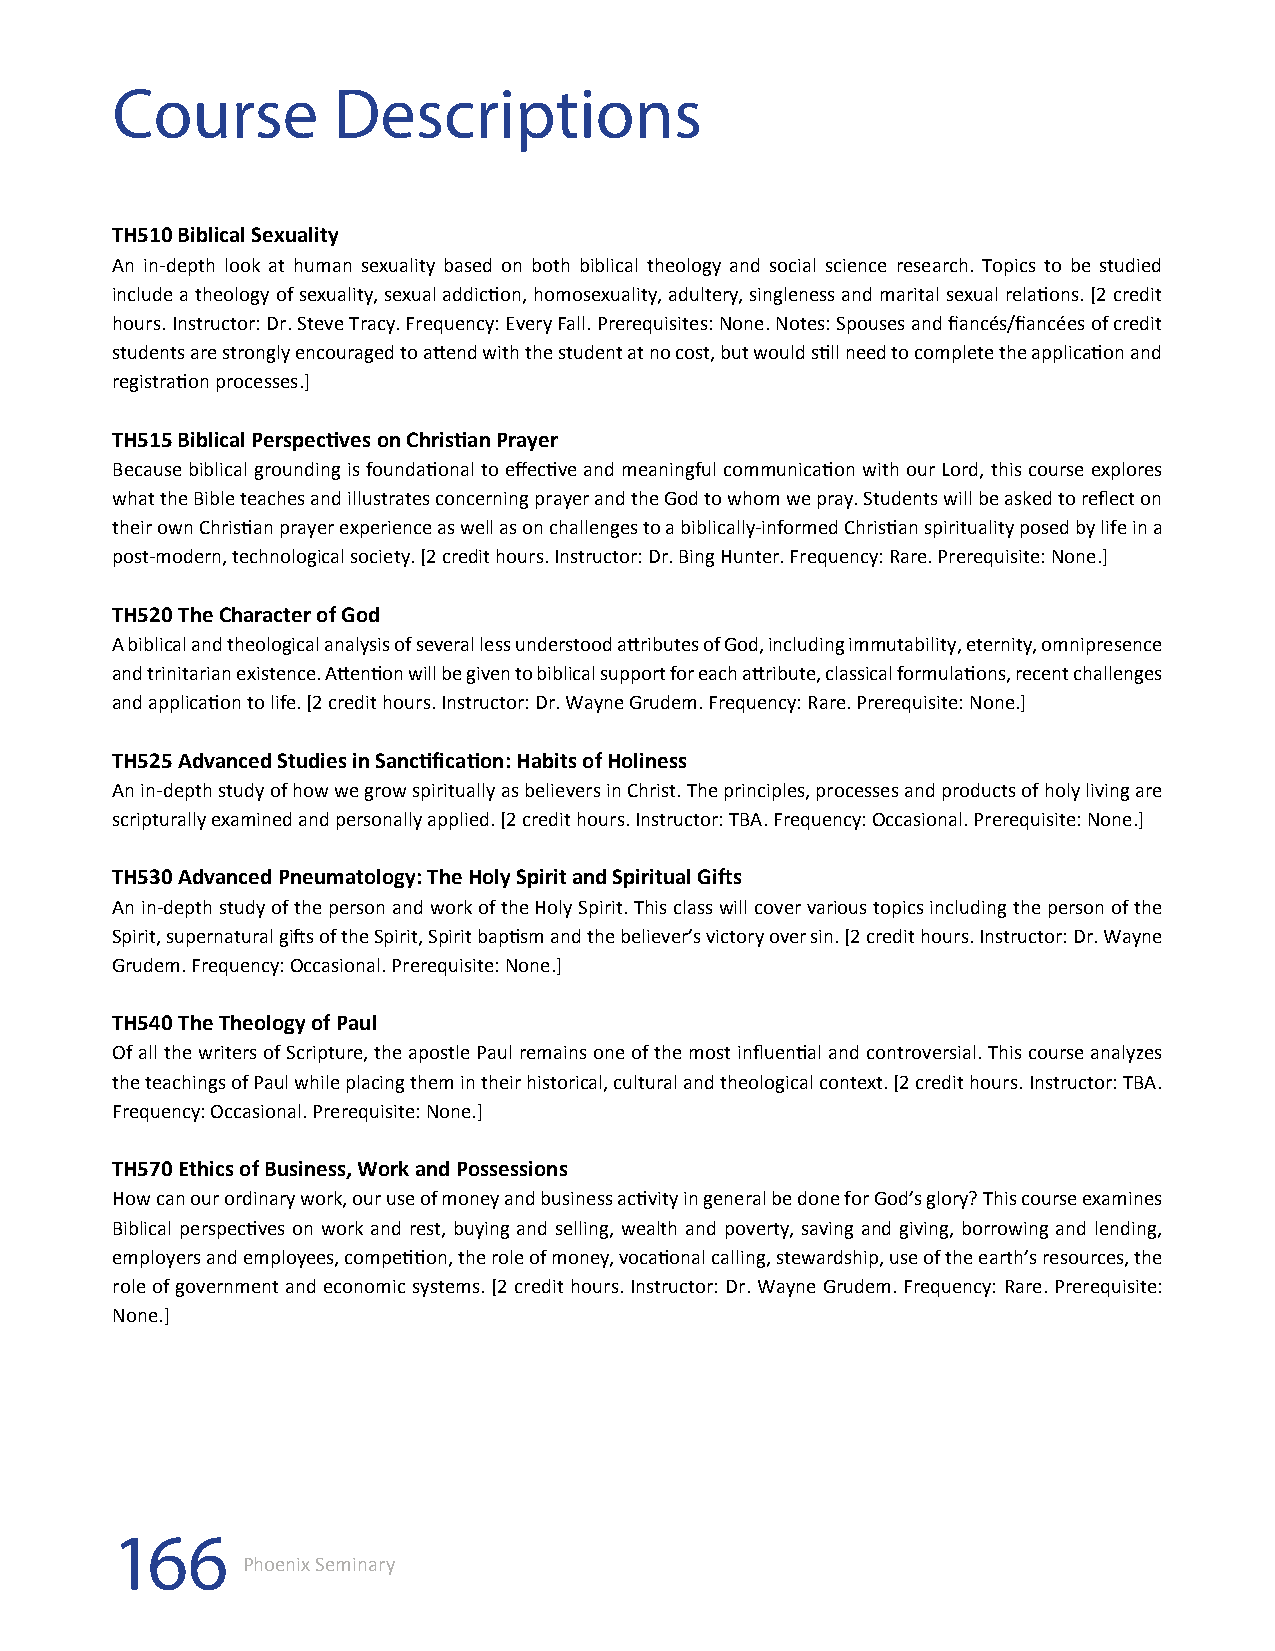
Course         Descriptions
 TH510 Biblical Sexuality
 An in-depth look at human sexuality based on both biblical theology and social science research. Topics to be studied
 include a theology of sexuality, sexual addiction, homosexuality, adultery, singleness and marital sexual relations. [2 credit
 hours. Instructor: Dr. Steve Tracy. Frequency: Every Fall. Prerequisites: None. Notes: Spouses and fiancés/fiancées of credit
 students are strongly encouraged to attend with the student at no cost, but would still need to complete the application and
 registration processes.]
 TH515 Biblical Perspectives on Christian Prayer
 Because biblical grounding is foundational to effective and meaningful communication with our Lord, this course explores
 what the Bible teaches and illustrates concerning prayer and the God to whom we pray. Students will be asked to reflect on
 their own Christian prayer experience as well as on challenges to a biblically-informed Christian spirituality posed by life in a
 post-modern, technological society. [2 credit hours. Instructor: Dr. Bing Hunter. Frequency: Rare. Prerequisite: None.]
 TH520 The Character of God
 A biblical and theological analysis of several less understood attributes of God, including immutability, eternity, omnipresence
 and trinitarian existence. Attention will be given to biblical support for each attribute, classical formulations, recent challenges
 and application to life. [2 credit hours. Instructor: Dr. Wayne Grudem. Frequency: Rare. Prerequisite: None.]
 TH525 Advanced Studies in Sanctification: Habits of Holiness
 An in-depth study of how we grow spiritually as believers in Christ. The principles, processes and products of holy living are
 scripturally examined and personally applied. [2 credit hours. Instructor: TBA. Frequency: Occasional. Prerequisite: None.]
 TH530 Advanced Pneumatology: The Holy Spirit and Spiritual Gifts
 An in-depth study of the person and work of the Holy Spirit. This class will cover various topics including the person of the
 Spirit, supernatural gifts of the Spirit, Spirit baptism and the believer’s victory over sin. [2 credit hours. Instructor: Dr. Wayne
 Grudem. Frequency: Occasional. Prerequisite: None.]
 TH540 The Theology of Paul
 Of all the writers of Scripture, the apostle Paul remains one of the most influential and controversial. This course analyzes
 the teachings of Paul while placing them in their historical, cultural and theological context. [2 credit hours. Instructor: TBA.
 Frequency: Occasional. Prerequisite: None.]
 TH570 Ethics of Business, Work and Possessions
 How can our ordinary work, our use of money and business activity in general be done for God’s glory? This course examines
 Biblical perspectives on work and rest, buying and selling, wealth and poverty, saving and giving, borrowing and lending,
 employers and employees, competition, the role of money, vocational calling, stewardship, use of the earth’s resources, the
 role of government and economic systems. [2 credit hours. Instructor: Dr. Wayne Grudem. Frequency: Rare. Prerequisite:
 None.]
 166
 Phoenix Seminary